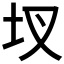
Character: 𮰚